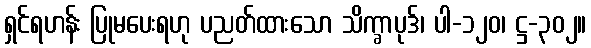
ရှင်ရဟန်း ပြုမပေးရဟု ပညတ်ထားသော သိက္ခာပုဒ်၊ ပါ-၁၂၀၊ ဋ္ဌ-၃၀၂။